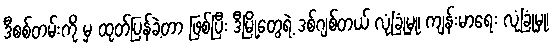
ဒီစစ်တမ်းကို မှ ထုတ်ပြန်ခဲ့တာ ဖြစ်ပြီး ဒီမြို့တွေရဲ့ ဒစ်ဂျစ်တယ် လုံခြုံမှု၊ ကျန်းမာရေး လုံခြုံမှု၊